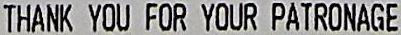
THANK YOU FOR YOUR PATRONAGE